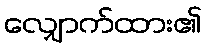
လျှောက်ထား၏